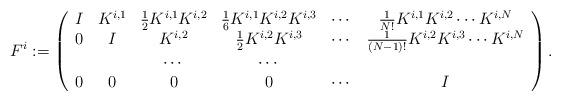
LaTeX: \begin{align*}F^{i}:=\left (\begin{array}{cccccc}I &K^{i, 1} & \frac{1}{2}K^{i, 1}K^{i, 2} & \frac{1}{6}K^{i, 1}K^{i, 2}K^{i, 3} & \cdots&\frac{1}{N!}K^{i, 1}K^{i, 2}\cdots K^{i, N}\\0& I & K^{i, 2} & \frac{1}{2}K^{i, 2}K^{i, 3} & \cdots&\frac{1}{(N-1)!}K^{i, 2}K^{i, 3}\cdots K^{i, N}\\&&\cdots &\cdots&&\\0& 0 & 0&0&\cdots&I \end{array}\right ).\end{align*}